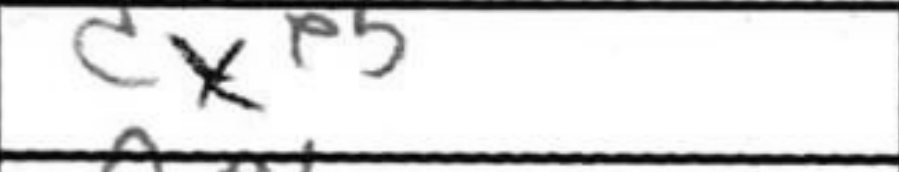
Transcription: dxe5